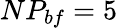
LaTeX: NP_{bf}=5